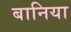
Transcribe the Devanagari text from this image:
बानिया